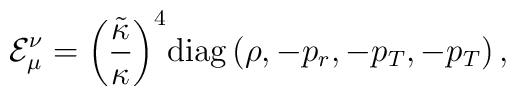
{{\mathcal{E}}_\mu^\nu}={{\left({{\tilde{\kappa}}\over{\kappa}}\right)}^4}\mbox{diag}\left(\rho,-{p_r},-{p_T},-{p_T}\right),